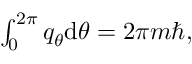
\begin{array} { r } { \int _ { 0 } ^ { 2 \pi } q _ { \theta } \mathrm { d } \theta = 2 \pi m \hbar , } \end{array}